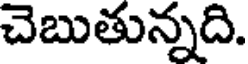
చెబుతున్నది.